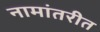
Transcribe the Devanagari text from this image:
नामांतरीत